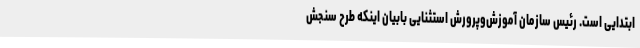
ابتدایی است. رئیس سازمان آموزش‌وپرورش استثنایی بابیان اینکه طرح سنجش